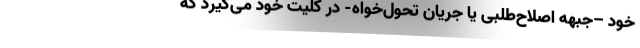
خود –جبهه اصلاح‌طلبی یا جریان تحول‌خواه- در کلیّت خود می‌گیرد که